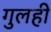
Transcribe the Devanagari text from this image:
गुलही